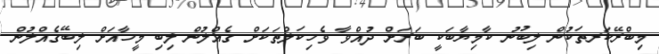
މިބްރޭކަރތަކުން ލިބުނު ކާމިޔާބަކީ ބަރަށް ދުއްވާ ވެހިކަލްތަކަށް ގެއްލުން ލިބި މީހާއަށް ލިބޭގެއްލުން